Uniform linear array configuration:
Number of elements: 64
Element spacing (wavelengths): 0.75
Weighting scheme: kaiser
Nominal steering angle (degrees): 60
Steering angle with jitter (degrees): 60.983
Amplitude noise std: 0.05
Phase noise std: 0.05

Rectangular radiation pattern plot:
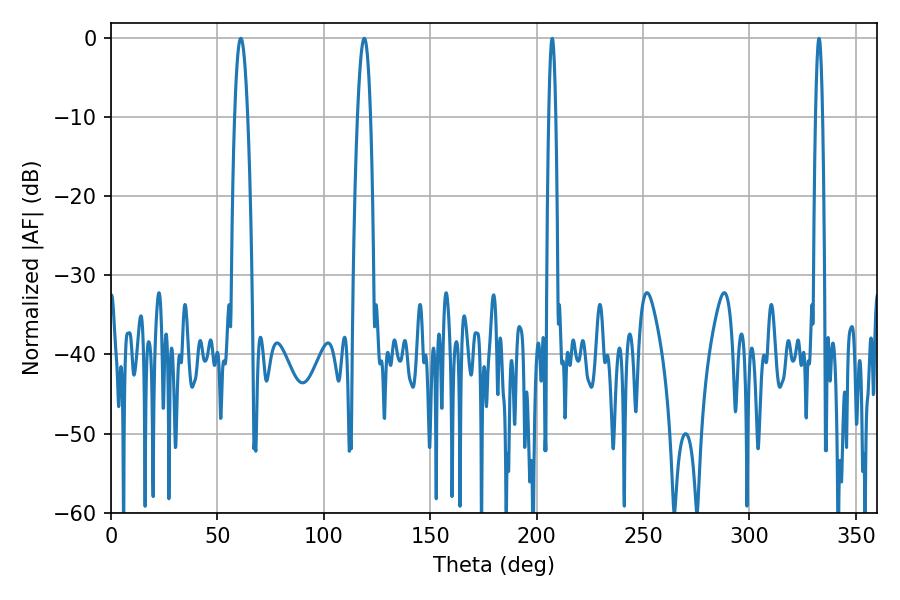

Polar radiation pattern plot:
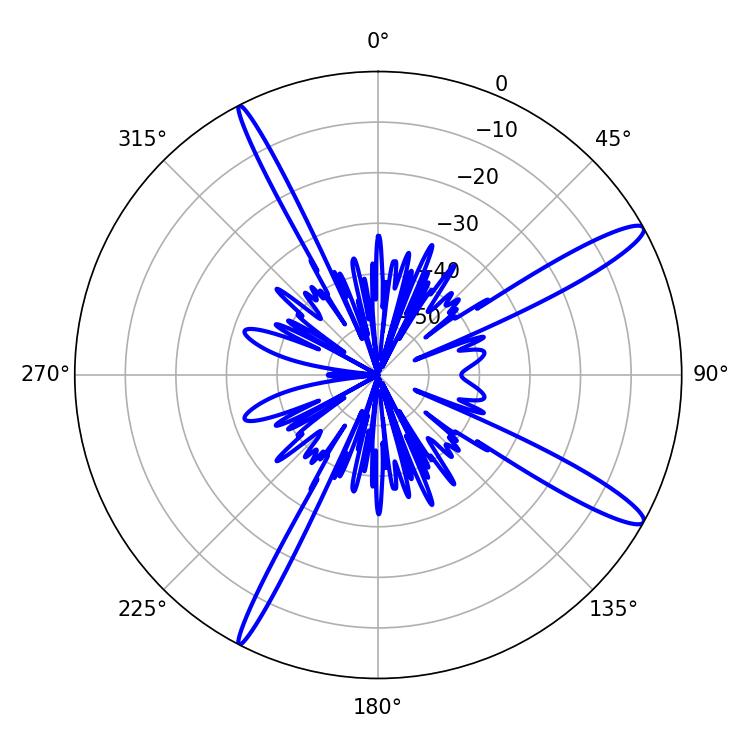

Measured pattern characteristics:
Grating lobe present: TRUE
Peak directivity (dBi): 13.975
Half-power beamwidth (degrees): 3.24
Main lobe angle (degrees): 61.02